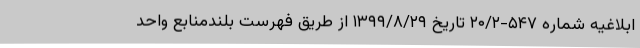
ابلاغیه شماره ۵۴۷-۲۰/۲ تاریخ ۱۳۹۹/۸/۲۹ از طریق فهرست بلندمنابع واحد